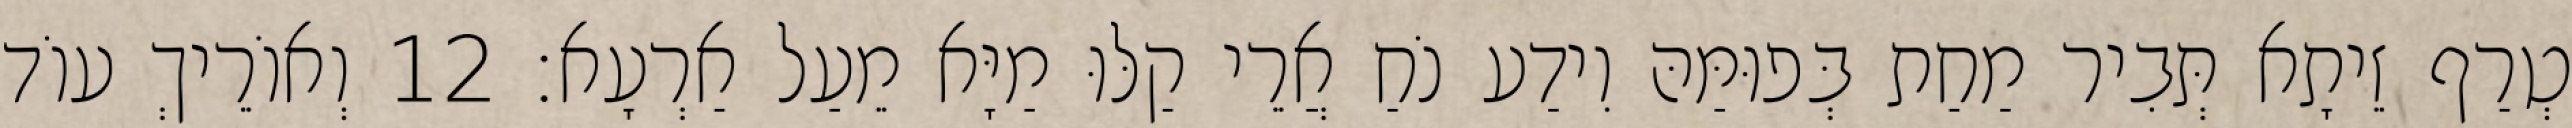
טְרַף זֵיתָא תְּבִיר מַחַת בְּפוּמַּהּ וִידַע נֹחַ אֲרֵי קַלּוּ מַיָּא מֵעַל אַרְעָא׃ 12 וְאוֹרֵיךְ עוֹד